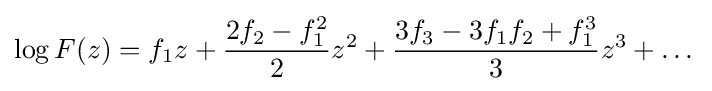
\log F(z)=f_{1}z+{\frac {2f_{2}-f_{1}^{2}}{2}}z^{2}+{\frac {3f_{3}-3f_{1}f_{2}+f_{1}^{3}}{3}}z^{3}+\dots